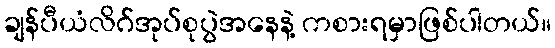
ချန်ပီယံလိဂ်အုပ်စုပွဲအနေနဲ့ ကစားရမှာဖြစ်ပါတယ်။